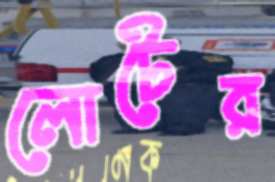
লোটের